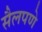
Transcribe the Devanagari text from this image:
सैलपणे